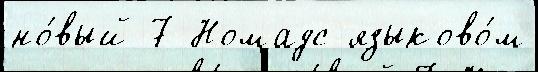
но́вый 7 Номадс языково́м